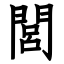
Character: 閭